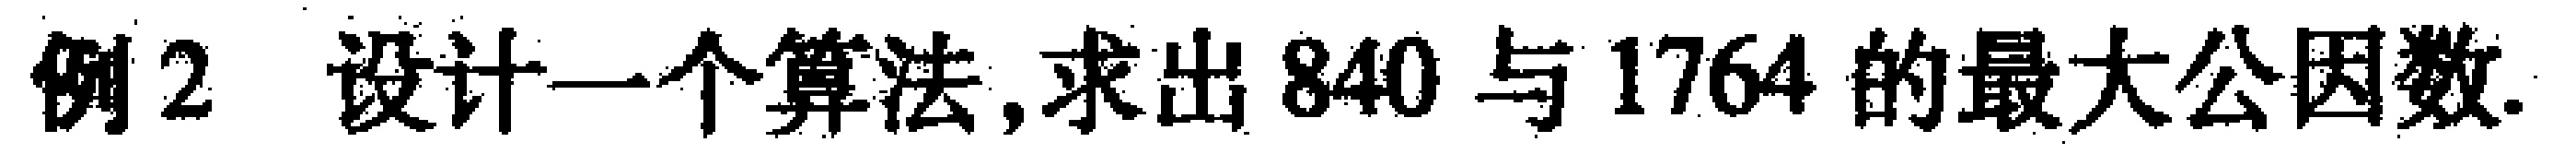
例2 设计一个算法,求出 840 与 1764 的最大公因数.